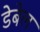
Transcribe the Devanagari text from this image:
डेबेल